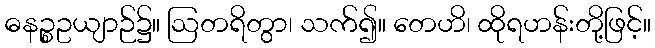
ဓနဉ္စဥယျာဉ်၌။ ဩတရိတွာ၊ သက်၍။ တေဟိ၊ ထိုရဟန်းတို့ဖြင့်။